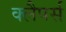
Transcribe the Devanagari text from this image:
क्लैपर्स